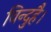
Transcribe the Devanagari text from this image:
विन्दुहै।